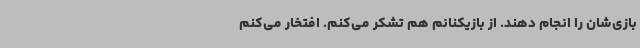
بازی‌شان را انجام دهند. از بازیکنانم هم تشکر می‌کنم. افتخار می‌کنم